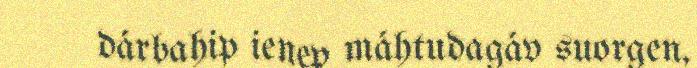
dárbahip ienep máhtudagáv suorgen,